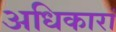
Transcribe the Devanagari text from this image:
अधिकारां